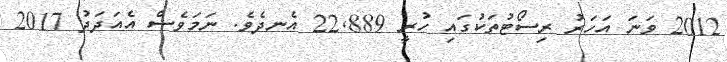
2012 ވަނަ އަހަރު ރިސޯޓުތަކުގައި ހުރީ 22